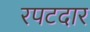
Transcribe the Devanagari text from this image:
रपटदार